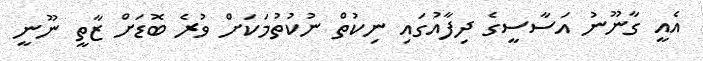
އެއީ ގާނޫނު އަސާސީގެ ދިފާއުގައި ނިކުތް ނުކުތުމަކަށް ވުރެ ބޮޑަށް ޒާތީ ނޫނީ